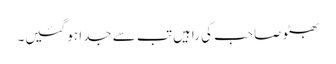
بھٹو صاحب کی راہیں تب سے جدا ہو گئیں۔